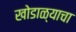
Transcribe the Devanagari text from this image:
खोडाळ्याचा